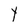
Character: Y